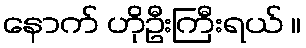
နောက် ဟိုဦးကြီးရယ် ။